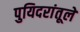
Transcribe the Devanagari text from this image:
पुयिदरांतूले